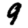
Digit: 9